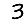
Digit: 3